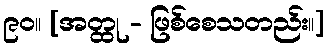
၉၀။ [အတ္ထု - ဖြစ်စေသတည်း။]